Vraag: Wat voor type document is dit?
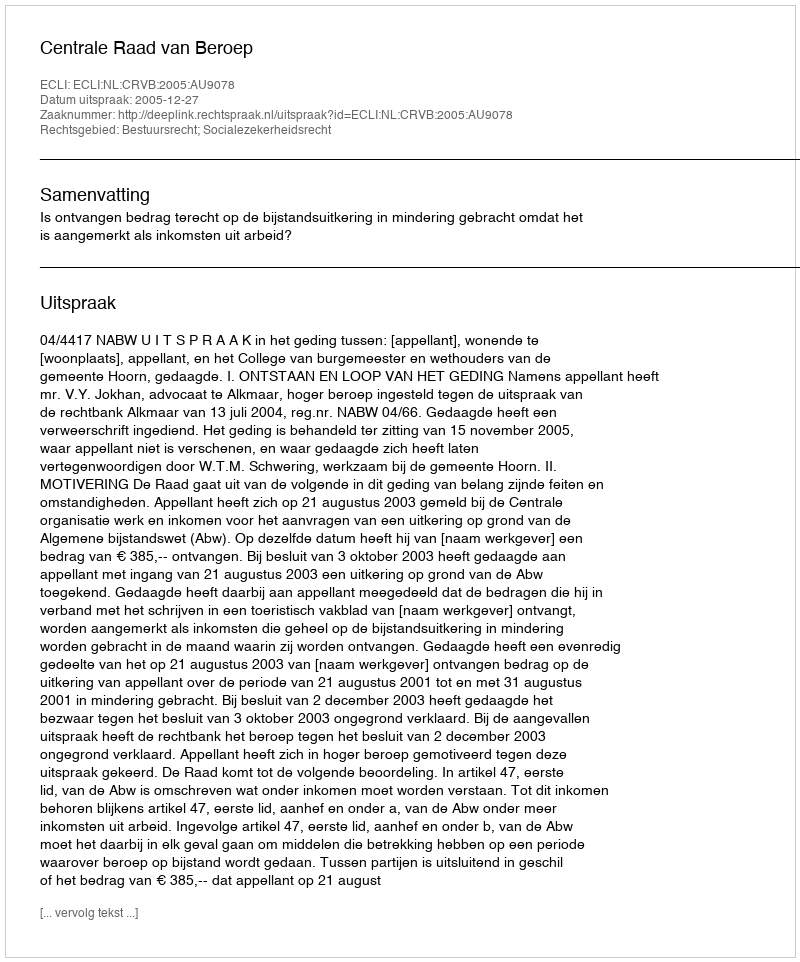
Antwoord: Uitspraak